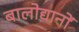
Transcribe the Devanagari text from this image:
बालोद्यानों